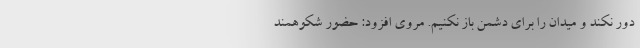
دور نکند و میدان را برای دشمن باز نکنیم. مروی افزود: حضور شکوهمند